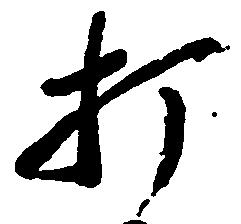
打